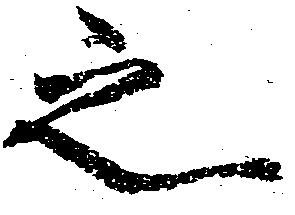
之